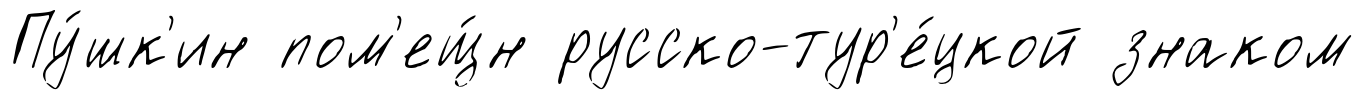
Пу́шк'ин пом'ещ́н русско-тур'е́цкой знаком